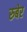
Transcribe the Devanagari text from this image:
रुबेर